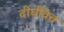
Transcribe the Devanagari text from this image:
दीर्घवित्त